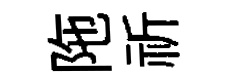
陁祈